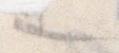
也